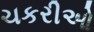
ચકરીઓ